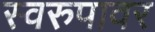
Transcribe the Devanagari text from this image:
स्वरुपावर